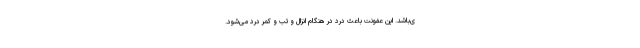
ی‌باشد. این عفونت باعث درد در هنگام انزال و تب و کمر درد می‌شود.